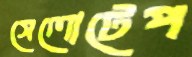
সেলোটেপ